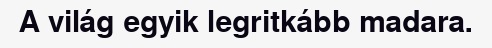
A világ egyik legritkább madara.